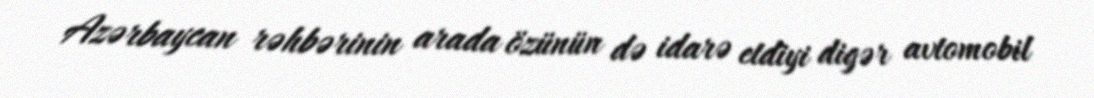
Azərbaycan rəhbərinin arada özünün də idarə etdiyi digər avtomobil